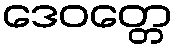
ဒေဝတ္တေ